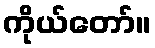
ကိုယ်တော်။